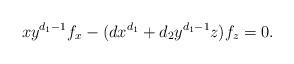
LaTeX: \begin{align*}xy^{d_1-1}f_x-(dx^{d_1}+d_2y^{d_1-1}z)f_z=0.\end{align*}